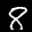
Label: 8